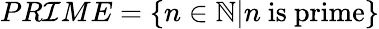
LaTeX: PR\mathcal{I}ME=\{ n\in\mathbb{{N}}|n{\mathrm{{~is~prime}}}\}